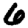
Digit: 6